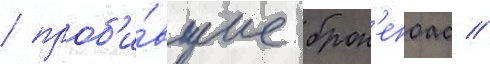
/ проб'и́вшие брон'епоас //